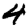
Digit: 4